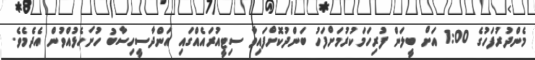
މެންދުރުފަހުގެ 1:00 އަށް ބީލަން ފުރިހަމަކުރުމަށްފަހު ބަންދުކޮށްފައިވާ ސިޓީއުރައެއްގައި އަންދާސީހިސާބު ހުށަހެޅުއްވުން އެދެމެވެ.